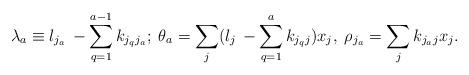
LaTeX: \begin{align*}\lambda _a \equiv l_{j_a}\,- \sum _{q=1}^{a-1} k_{j_qj_a};\;\theta _a =\sum _j(l_j\,- \sum _{q=1}^{a} k_{j_qj})x_j,\;\rho _{j_a}=\sum _jk_{j_aj}x_j.\end{align*}